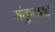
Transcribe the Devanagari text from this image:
संकुलम्‌।